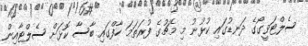
ސެލްޓަވީގޯގެ ދަނޑުގައި ކުޅުނު މި މެޗުގެ ފުރަތަމަ ހާފްގައި ބާސާ ކޮޅަށް ސެލްޓާއިން